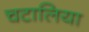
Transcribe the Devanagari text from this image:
चटालिया